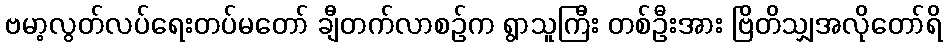
ဗမာ့လွတ်လပ်ရေးတပ်မတော် ချီတက်လာစဉ်က ရွာသူကြီး တစ်ဦးအား ဗြိတိသျှအလိုတော်ရိ